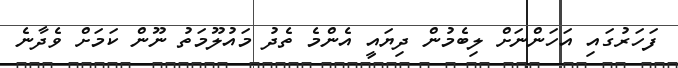
ފަހަރުގައި އަހަންނަށް ލިބެމުން ދިޔައީ އެންމެ ތެދު މައުލޫމަތު ނޫން ކަމަށް ވެދާނެ